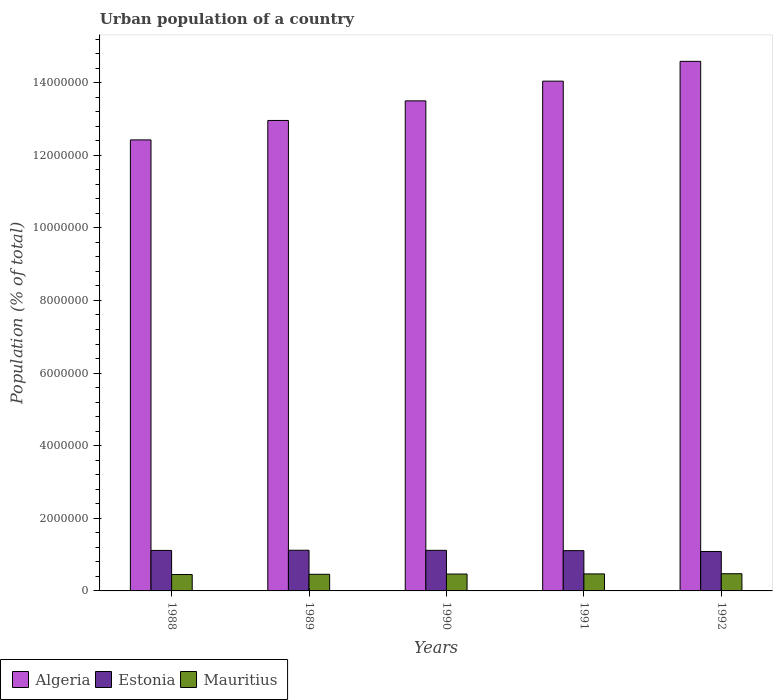
| Years | Algeria | Estonia | Mauritius |
 | --- | --- | --- | --- |
 | 1988 | 1.24e+07 | 1.12e+06 | 4.51e+05 |
 | 1989 | 1.3e+07 | 1.12e+06 | 4.58e+05 |
 | 1990 | 1.35e+07 | 1.12e+06 | 4.65e+05 |
 | 1991 | 1.4e+07 | 1.11e+06 | 4.69e+05 |
 | 1992 | 1.46e+07 | 1.09e+06 | 4.73e+05 |